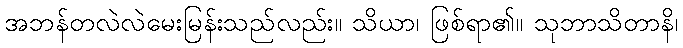
အဘန်တလဲလဲမေးမြန်းသည်လည်း။ သိယာ၊ ဖြစ်ရာ၏။ သုဘာသိတာနိ၊